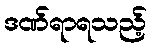
ဒဏ်ရာရသည့်